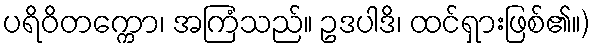
ပရိဝိတက္ကော၊ အကြံသည်။ ဥဒပါဒိ၊ ထင်ရှားဖြစ်၏။)